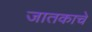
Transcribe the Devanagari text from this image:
जातकाचे